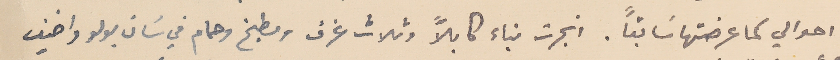
احوالي كما عرضتها سَابقًا. انجرت بناء كابلاً وثلاث غرف ومطبخ وحمام في سَان بولو واضيف